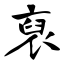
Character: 裒